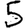
Digit: 5